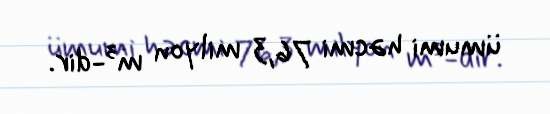
ümumi həcmi 76,3 milyon m³-dir.